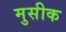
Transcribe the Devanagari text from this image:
मुसीक